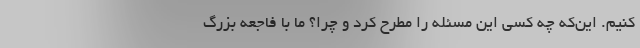
کنیم. این‌که چه کسی این مسئله را مطرح کرد و چرا؟ ما با فاجعه بزرگ